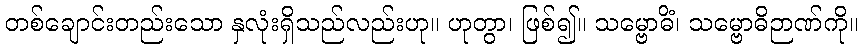
တစ်ချောင်းတည်းသော နှလုံးရှိသည်လည်းဟု။ ဟုတွာ၊ ဖြစ်၍။ သမ္ဗောဓိံ၊ သမ္ဗောဓိဉာဏ်ကို။